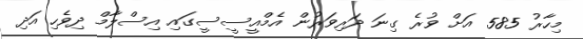
މިހާރު 585 އަށް ވުރެ ގިނަ ދަރިވަރުން އެމްއީސީސީގައި އިސްލާމް ދިވެހި އަދި